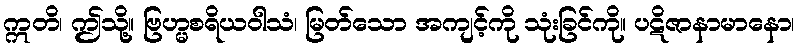
ဣတိ၊ ဤသို့။ ဗြဟ္မစရိယဝါသံ၊ မြတ်သော အကျင့်ကို သုံးခြင်ကို။ ပဋိဇာနာမာနော၊